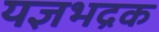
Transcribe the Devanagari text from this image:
यज्ञभद्रक